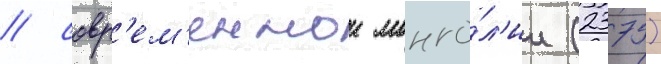
/ совр'ем'еннои монго́л'ии (2375)